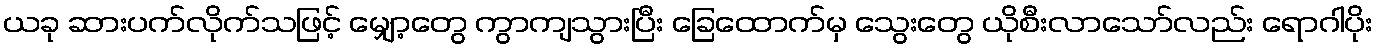
ယခု ဆားပက်လိုက်သဖြင့် မျှော့တွေ ကွာကျသွားပြီး ခြေထောက်မှ သွေးတွေ ယိုစီးလာသော်လည်း ရောဂါပိုး